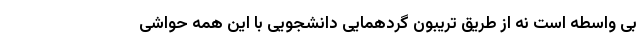
بی واسطه است نه از طریق تریبون گردهمایی دانشجویی با این همه حواشی